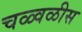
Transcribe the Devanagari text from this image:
चळ्वळीस